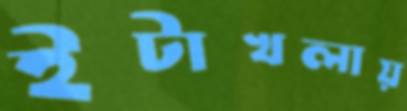
ইটাখলায়